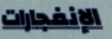
الإنفجارات